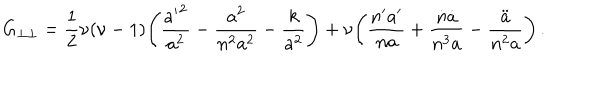
G _ { \perp \perp } = \frac { 1 } { 2 } \nu ( \nu - 1 ) \! \left( \frac { { a ^ { \prime } } ^ { 2 } } { a ^ { 2 } } - \frac { \dot { a } ^ { 2 } } { n ^ { 2 } a ^ { 2 } } - \frac { k } { a ^ { 2 } } \right) + \nu \! \left( \frac { n ^ { \prime } a ^ { \prime } } { n a } + \frac { \dot { n } \dot { a } } { n ^ { 3 } a } - \frac { \ddot { a } } { n ^ { 2 } a } \right) .